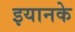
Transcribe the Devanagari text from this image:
इयानके